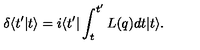
\delta \langle t ^ { \prime } | t \rangle = i \langle t ^ { \prime } | \int _ { t } ^ { t ^ { \prime } } L ( q ) d t | t \rangle .